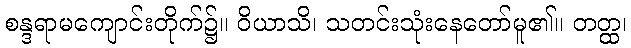
စန္ဒရာမကျောင်းတိုက်၌။ ဝိယာသိ၊ သတင်းသုံးနေတော်မူ၏။ တတ္ထ၊